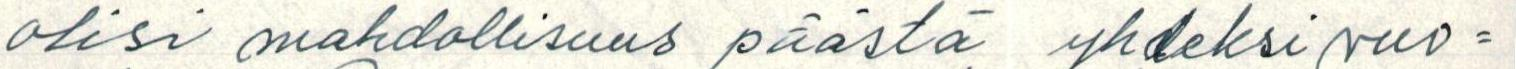
olisi mahdollisuus päästä yhdeksi vuo=